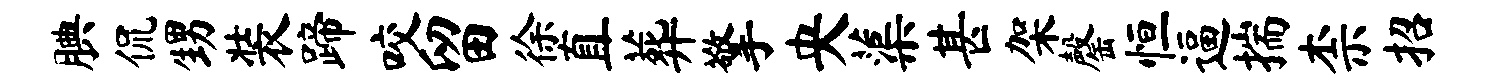
腆侃甥装蹄咬留徐直葬擎央蕖甚架罄恒逼揣柰招